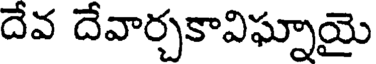
దేవ దేవార్చకావిఘ్నాయై